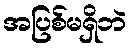
အပြစ်မရှိဘဲ